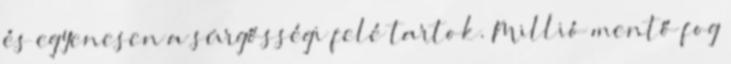
és egyenesen a sürgősségi felé tartok. Millió mentő fog